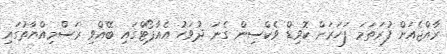
ރާއްޖެއަށް ފުރަތަމަ ފަހަރަށް ކޮވިޑް ވެކްސިން ގެނަ ދުވަހު އެއާޕޯޓްގައި ބޭއްވި ރަސްމިއްޔާތުގައި